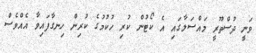
ވަނީ ދުސްތޫރީ މައްސަލާގައި އެ ކޯޓުން ކުރި ހުކުމުގެ ކުރިން ހިނގާފައިވާ އެއްވެސް